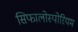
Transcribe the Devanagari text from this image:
सिफालोस्पोरियम